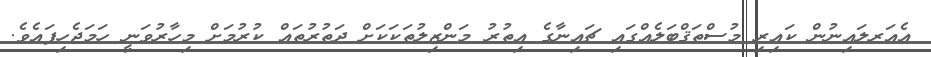
އެއަރލައިނުން ކައިރި މުސްތަޤްބަލެއްގައި ޗައިނާގެ އިތުރު މަންޒިލުތަކަކަށް ދަތުރުތައް ކުރުމަށް މިހާރުވަނީ ހަމަޖެހިފައެވެ.